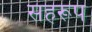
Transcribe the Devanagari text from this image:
सहरूप